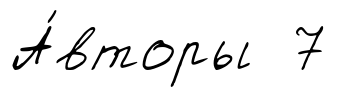
А́вторы 7